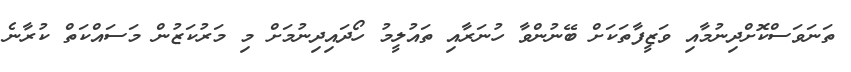
ތަނަވަސްކޮށްދިނުމާއި ވަޒީފާތަކަށް ބޭނުންވާ ހުނަރާއި ތައުލީމު ހޯދައިދިނުމަށް މި މަރުކަޒުން މަސައްކަތް ކުރާނެ